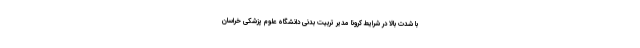
با شدت بالا در شرایط کرونا مدیر تربیت بدنی دانشگاه علوم پزشکی خراسان